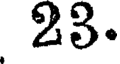
23.